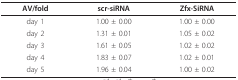
| AV/fold | scr-siRNA | Zfx-SiRNA |
 | --- | --- | --- |
 | day 1 | 1.00 ± 0.00 | 1.00 ± 0.00 |
 | day 2 | 1.31 ± 0.01 | 1.05 ± 0.02 |
 | day 3 | 1.61 ± 0.05 | 1.02 ± 0.02 |
 | day 4 | 1.83 ± 0.07 | 1.02 ± 0.01 |
 | day 5 | 1.96 ± 0.04 | 1.00 ± 0.02 |